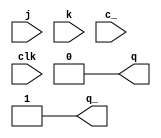
`timescale 1ns / 1ps
////////////////
//
// ttllib.v
//
//	Some quick and dirty 74xx TTL models for PET Video simulations.
//	The whole simulation is a hack and these models shouldn't be relied
//	upon as accurate.
//
////////////////

//
// Copyright (c) 2015, 2017, 2022  Thomas Skibo. <ThomasSkibo@yahoo.com>
//
// Redistribution and use in source and binary forms, with or without
// modification, are permitted provided that the following conditions
// are met:
// 1. Redistributions of source code must retain the above copyright
//    notice, this list of conditions and the following disclaimer.
// 2. Redistributions in binary form must reproduce the above copyright
//    notice, this list of conditions and the following disclaimer in the
//    documentation and/or other materials provided with the distribution.
//
// THIS SOFTWARE IS PROVIDED BY AUTHOR AND CONTRIBUTORS ``AS IS'' AND
// ANY EXPRESS OR IMPLIED WARRANTIES, INCLUDING, BUT NOT LIMITED TO, THE
// IMPLIED WARRANTIES OF MERCHANTABILITY AND FITNESS FOR A PARTICULAR PURPOSE
// ARE DISCLAIMED.  IN NO EVENT SHALL AUTHOR OR CONTRIBUTORS BE LIABLE
// FOR ANY DIRECT, INDIRECT, INCIDENTAL, SPECIAL, EXEMPLARY, OR CONSEQUENTIAL
// DAMAGES (INCLUDING, BUT NOT LIMITED TO, PROCUREMENT OF SUBSTITUTE GOODS
// OR SERVICES; LOSS OF USE, DATA, OR PROFITS; OR BUSINESS INTERRUPTION)
// HOWEVER CAUSED AND ON ANY THEORY OF LIABILITY, WHETHER IN CONTRACT, STRICT
// LIABILITY, OR TORT (INCLUDING NEGLIGENCE OR OTHERWISE) ARISING IN ANY WAY
// OUT OF THE USE OF THIS SOFTWARE, EVEN IF ADVISED OF THE POSSIBILITY OF
// SUCH DAMAGE.
//

// Half a 74107
module jk(output reg q,
          output q_,
          input  j,
          input  k,
          input  c_,
          input  clk);

    initial
        q = 0;

    always @(negedge c_)
        q <= 1'b0;

    always @(negedge clk)
        if (c_)
            case ({j,k})
                2'b00: ;
                2'b01: q <= 0;
                2'b10: q <= 1'b1;
                2'b11: q <= ~q;
            endcase

    assign q_ = ~q;
endmodule

// 7493 4-bit binary counters
module c7493(output reg qa, // pin 12
             output reg qb, // pin 9
             output reg qc, // pin 8
             output reg qd, // pin 11
             input r01,     // pin 2
             input r02,     // pin 3
             input cka,     // pin 14
             input ckb);    // pin 1

    initial begin
        qa = 0;
        qb = 0;
        qc = 0;
        qd = 0;
    end

    always @(*)
        if (r01 && r02)
            {qd, qc, qb, qa} = 4'b0000;

    always @(negedge cka)
        if (!r01 || !r02)
            qa <= ~qa;

    always @(negedge ckb)
        if (!r01 || !r02)
            {qd, qc, qb} <= {qd, qc, qb} + 1'b1;

endmodule // c7493

// 74100 latches
module l74100(output reg q1,
              output reg q2,
              output reg q3,
              output reg q4,
              output reg q5,
              output reg q6,
              output reg q7,
              output reg q8,
              input      d1,
              input      d2,
              input      d3,
              input      d4,
              input      d5,
              input      d6,
              input      d7,
              input      d8,
              input      g1,
              input      g2);

    initial begin
        q1 = 1'b0;
        q2 = 1'b0;
        q3 = 1'b0;
        q4 = 1'b0;
        q5 = 1'b0;
        q6 = 1'b0;
        q7 = 1'b0;
        q8 = 1'b0;
    end

    always @(*)
        if (g1)
            {q4, q3, q2, q1} = {d4, d3, d2, d1};

    always @(*)
        if (g2)
            {q8, q7, q6, q5} = {d8, d7, d6, d5};

endmodule // l74100

// 74177 presettable decade and binary counters/latches
module c74177(output reg qa,    // pin 5
              output reg qb,    // pin 9
              output reg qc,    // pin 2
              output reg qd,    // pin 12
              input      a,     // pin 4
              input      b,     // pin 10
              input      c,     // pin 3
              input      d,     // pin 11
              input      load_, // pin 1
              input      clr_,  // pin 13
              input      clk1,  // pin 8
              input      clk2); // pin 6

    initial begin
        qa = 1'b0;
        qb = 1'b0;
        qc = 1'b0;
        qd = 1'b0;
    end

    always @(negedge load_)
        if (!load_ && clr_)
            {qa, qb, qc, qd} <= {a, b, c, d};

    always @(negedge clr_)
        if (!clr_)
            {qa, qb, qc, qd} <= 4'b0000;

    always @(negedge clk1)
        if (load_ && clr_)
            qa <= ~qa;

    always @(negedge clk2)
        if (load_ && clr_)
            {qd, qc, qb} <= {qd, qc, qb} + 1'b1;

endmodule // c74177

// Half a 7474 D-type flip flop
module h7474(output reg q,
             output q_,
             input d,
             input pre_,
             input clr_,
             input clk);

    always @(negedge pre_ or negedge clr_ or posedge clk)
        if (!pre_ && !clr_)
            q <= 1'bX;
        else if (!pre_)
            q <= 1'b1;
        else if (!clr_)
            q <= 1'b0;
        else
            q <= d;

    assign q_ = ~q;

endmodule // h7474

// Character ROM (not including chip selects 1-5).
module c6540(output reg [7:0]   D,
             input [10:0]       A,
             input              clk);

    reg [7:0]   mem[2047:0];
    initial $readmemh("charrom.mem", mem);

    always @(posedge clk)
        D <= mem[A];

endmodule // c6540

// Character ROM (not including chip selects 1-3).
module c6316(output reg [7:0]   D,
             input [10:0] A);

    reg [7:0]   mem[2047:0];
    initial $readmemh("charrom.mem", mem);

    always @(A)
        D = mem[A];

endmodule // c316

// 74157 quad 2-line to 1-line data selectors/multiplexors.
module c74157(output [3:0] Y,
              input [3:0] A,
              input [3:0] B,
              input       S,
              input       G_);

    assign Y = (A & {4{!S && !G_}}) | (B & {4{S && !G_}});

endmodule // c74157

// 74164 8-bit shift register.
module c74164(input 	       a,
              input            b,
              output reg [7:0] Q, // HGFEDCBA on data sheet
              input            clk,
              input            cl_);

    always @(cl_)
        if (!cl_)
            Q = 8'd0;

    always @(posedge clk)
        Q <= { Q[6:0], a && b };

endmodule // c74164

// 74165 8-bit shift register.
module c74165(output      q,
              output      q_,
              input [7:0] D, // HGFEDCBA on data sheet
              input       ld_,
              input       clk_inh,
              input       ser,
              input       clk);

    reg [7:0]   sr;

    always @(negedge ld_ or D)
        if (!ld_)
            sr <= D;

    always @(posedge clk)
        if (ld_ && !clk_inh)
            sr <= {sr[6:0], ser};

    assign q = sr[7];
    assign q_ = ~sr[7];

endmodule // c74165

// Half a 74LS244 octal 3-state buffer
module h74244(output [3:0] Y,
              input [3:0]  A,
              input        G_);
    assign Y = G_ ? 4'bZZZZ : A;
endmodule // h74244

// 6550 * 2, Video RAMs
module c6550s(output [7:0] DB,
              input [9:0]  A,
              input        RW,
              input        clk);

    reg [7:0]   mem[1023:0];

    always @(posedge clk)
        if (!RW)
            mem[A] <= DB;

    assign DB = RW ? mem[A] : 8'hZZ;

endmodule // c6550s

// 6114 1Kx4 RAM
module c6114(output [3:0] D,
             input [9:0] A,
             input RW_,
             input CS_
          );

    reg [3:0]      mem[1023:0];

    always @(*)
        if (!CS_ && !RW_)
            mem[A] <= D;

    assign D = (!CS_ && RW_) ? mem[A] : 8'hZZ;

endmodule // c6114


// 74191 4-bit up/down counter
module c74191(input en_,
              input dnup,
              input a,
              input b,
              input c,
              input d,
              input ld_,
              input clk,
              output reg qa,
              output reg qb,
              output reg qc,
              output reg qd,
              output rc, // XXX: unimplemented
              output maxmin // XXX: unimplemented
              );

    initial
        {qd, qc, qb, qa} = 4'b0000;

    always @(ld_)
        if (!ld_)
            {qd, qc, qb, qa} = {d, c, b, a};

    always @(posedge clk)
        if (!en_) begin
            if (!dnup)
                {qd, qc, qb, qa} <= {qd, qc, qb, qa} + 1'b1;
            else
                {qd, qc, qb, qa} <= {qd, qc, qb, qa} - 1'b1;
        end

endmodule // c74191

module c74373(output [7:0] q,
              input [7:0] d,
              input       oc_,
              input       g);

    reg [7:0]             Qo;
    initial Qo = 8'd0;

    always @(*)
        if (g)
            Qo = d;

    assign q = oc_ ? 8'hZZ : Qo;

endmodule // 74373